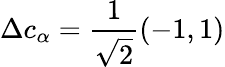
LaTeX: \Delta c_{\alpha}=\frac{1}{\sqrt{2}}(-1,1)